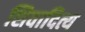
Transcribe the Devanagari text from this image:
शिवादित्य